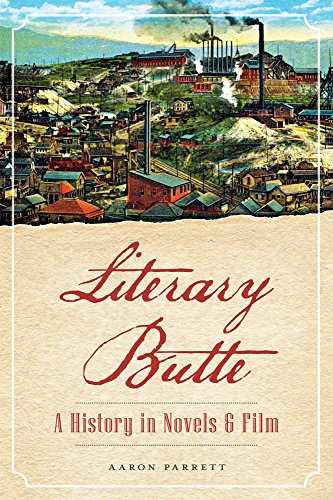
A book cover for Literary Butte:: A History in Novels & Film; Aaron Parrett; Travel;